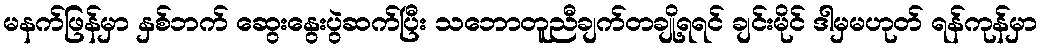
မနက်ဖြန်မှာ နှစ်ဘက် ဆွေးနွေးပွဲဆက်ပြီး သဘောတူညီချက်တချို့ရရင် ချင်းမိုင် ဒါမှမဟုတ် ရန်ကုန်မှာ